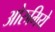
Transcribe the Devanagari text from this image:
ओरुमिये